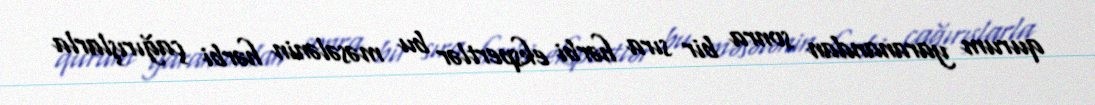
qurum yaranandan sonra bir sıra hərbi ekspertlər bu məsələnin hərbi çağırışlarla